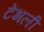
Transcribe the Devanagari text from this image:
टेंभली